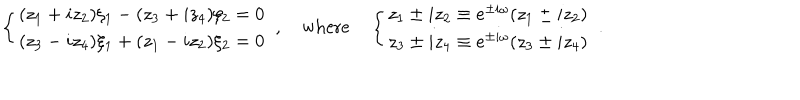
\left\{ \begin{array} { l } { { ( z _ { 1 } + i z _ { 2 } ) \xi _ { 1 } - ( z _ { 3 } + i z _ { 4 } ) \xi _ { 2 } = 0 } } \\ { { ( z _ { 3 } - i z _ { 4 } ) \xi _ { 1 } + ( z _ { 1 } - i z _ { 2 } ) \xi _ { 2 } = 0 } } \\ \end{array} \right. ~ , \quad \mathrm { w h e r e } \quad \left\{ \begin{array} { l } { { z _ { 1 } \pm i z _ { 2 } \equiv e ^ { \pm i \omega } ( z _ { 1 } \pm i z _ { 2 } ) } } \\ { { z _ { 3 } \pm i z _ { 4 } \equiv e ^ { \pm i \omega } ( z _ { 3 } \pm i z _ { 4 } ) } } \\ \end{array} \right. ~ .